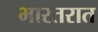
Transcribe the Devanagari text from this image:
भारतरात